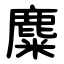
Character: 麋